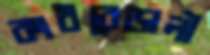
কাঠবেড়ালী